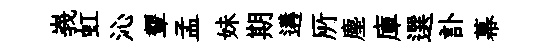
峩虹沁顰孟妹期遘𠩄塵庫選訃幕